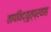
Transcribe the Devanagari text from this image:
तापविद्युत्प्रवाह